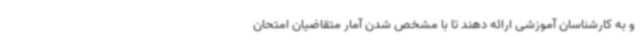
و به کارشناسان آموزشی ارائه دهند تا با مشخص شدن آمار متقاضیان امتحان